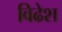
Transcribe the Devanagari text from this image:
विढेश